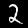
Digit: 2